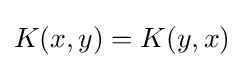
K(x,y)=K(y,x)